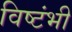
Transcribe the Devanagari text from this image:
विष्टंभी